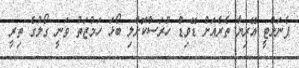
ޕެނަލްޓީ އޭރިޔާ ތެރެއަށް ޑޭވިޑް ހުރަސްކޮށްލި ބޯޅަ ހަމްޒަތު ވަނީ ގޯލުގެ ތިރީ